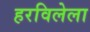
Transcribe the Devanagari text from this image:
हरविलेला